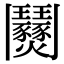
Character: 𩰟